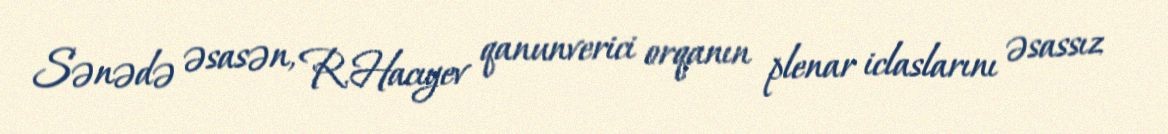
Sənədə əsasən, R.Hacıyev qanunverici orqanın plenar iclaslarını əsassız